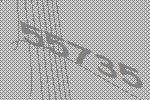
55735